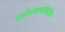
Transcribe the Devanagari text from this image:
क्लोरमायसिटीन